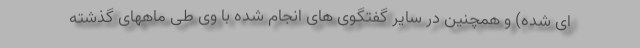
ای شده) و همچنین در سایر گفتگوی های انجام شده با وی طی ماههای گذشته